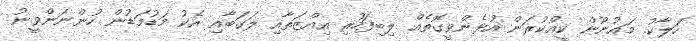
ހަލާކު. މައުނޫން ކީއްކުރަން އުޅެންވީގޮތެއް ލިބިފަހުރި އިއްޒަތާއި ލަގަބާއި އެކު މަޑުމަޑުން ހުންނަންވީނު